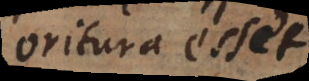
oritura esset